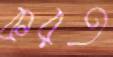
করত